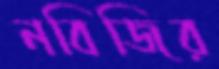
নবিজির